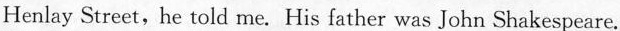
Henlay Street,he told me. His father was John Shakespeare.